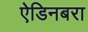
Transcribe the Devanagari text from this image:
ऐडिनबरा